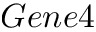
G e n e 4